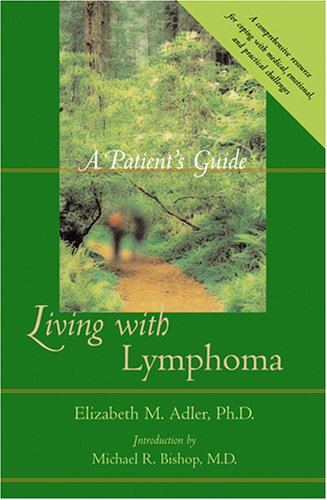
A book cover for Living with Lymphoma: A Patient's Guide; Elizabeth M. Adler; Health, Fitness & Dieting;